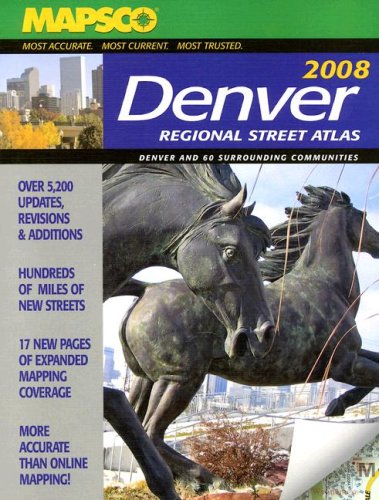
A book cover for Mapsco Denver Regional Street Atlas; Travel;